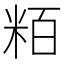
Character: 粨